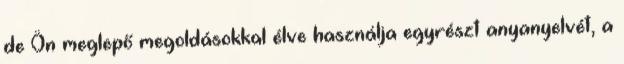
de Ön meglepő megoldásokkal élve használja egyrészt anyanyelvét, a